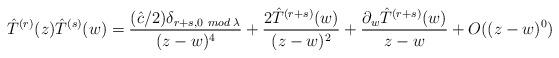
LaTeX: \begin{align*}\hat{T}^{(r)}(z)\hat{T}^{(s)}(w) = \frac{(\hat{c}/2)\delta_{r+s,0\hspace{.05in}mod\hspace{.03in}\lambda}}{(z-w)^4} + \frac{2 \hat{T}^{(r+s)}(w)}{(z-w)^2} + \frac{\partial_w\hat{T}^{(r+s)}(w)}{z-w}+O((z-w)^0)\end{align*}